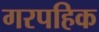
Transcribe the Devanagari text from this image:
गरपहिक